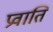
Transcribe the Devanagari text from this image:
प्रवाति